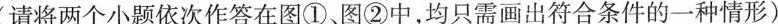
(请将两个小题依次作答在图①图②中，均只需画出符合条件的一种情形)